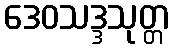
ဒေဝသဒ္ဒသုတ္တ